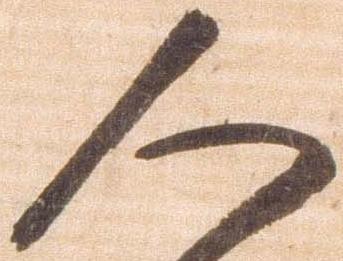
人